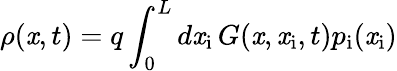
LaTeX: \rho(\mathit{x},t)=q\int_{0}^{L}d\mathit{x}_{\mathrm{{i}}}\, G(\mathit{x},\mathit{x}_{\mathrm{{i}}},t)p_{\mathrm{{i}}}(\mathit{x}_{\mathrm{{i}}})